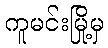
ကူမင်းမြို့မှ